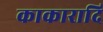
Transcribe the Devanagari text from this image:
काकारादि